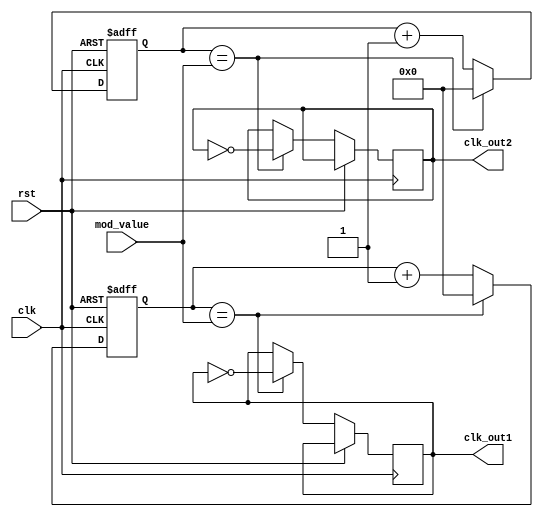
module dual_modulus_clock_divider (
    input clk,
    input rst,
    input [3:0] mod_value,
    output reg clk_out1,
    output reg clk_out2
);

reg [3:0] count1;
reg [3:0] count2;
reg sync_signal;

always @ (posedge clk or posedge rst) begin
    if (rst) begin
        count1 <= 4'b0000;
        count2 <= 4'b0000;
        sync_signal <= 1'b0;
    end else begin
        if (count1 == mod_value) begin
            count1 <= 4'b0000;
            clk_out1 <= ~clk_out1;
        end else begin
            count1 <= count1 + 1;
        end

        if (count2 == mod_value) begin
            count2 <= 4'b0000;
            clk_out2 <= ~clk_out2;
        end else begin
            count2 <= count2 + 1;
        end

        if (sync_signal == 1'b0) begin
            sync_signal <= 1'b1;
        end else begin
            sync_signal <= 1'b0;
        end
    end
end

endmodule